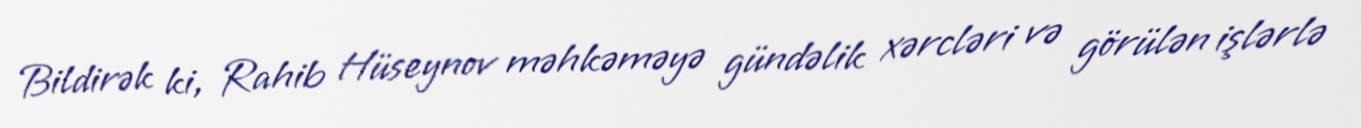
Bildirək ki, Rahib Hüseynov məhkəməyə gündəlik xərcləri və görülən işlərlə